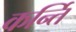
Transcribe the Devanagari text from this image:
कर्न्ति